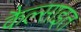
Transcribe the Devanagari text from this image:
कैल्साइत